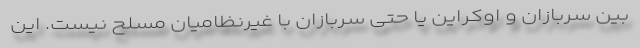
بین سربازان و اوکراین یا حتی سربازان با غیرنظامیان مسلح نیست. این